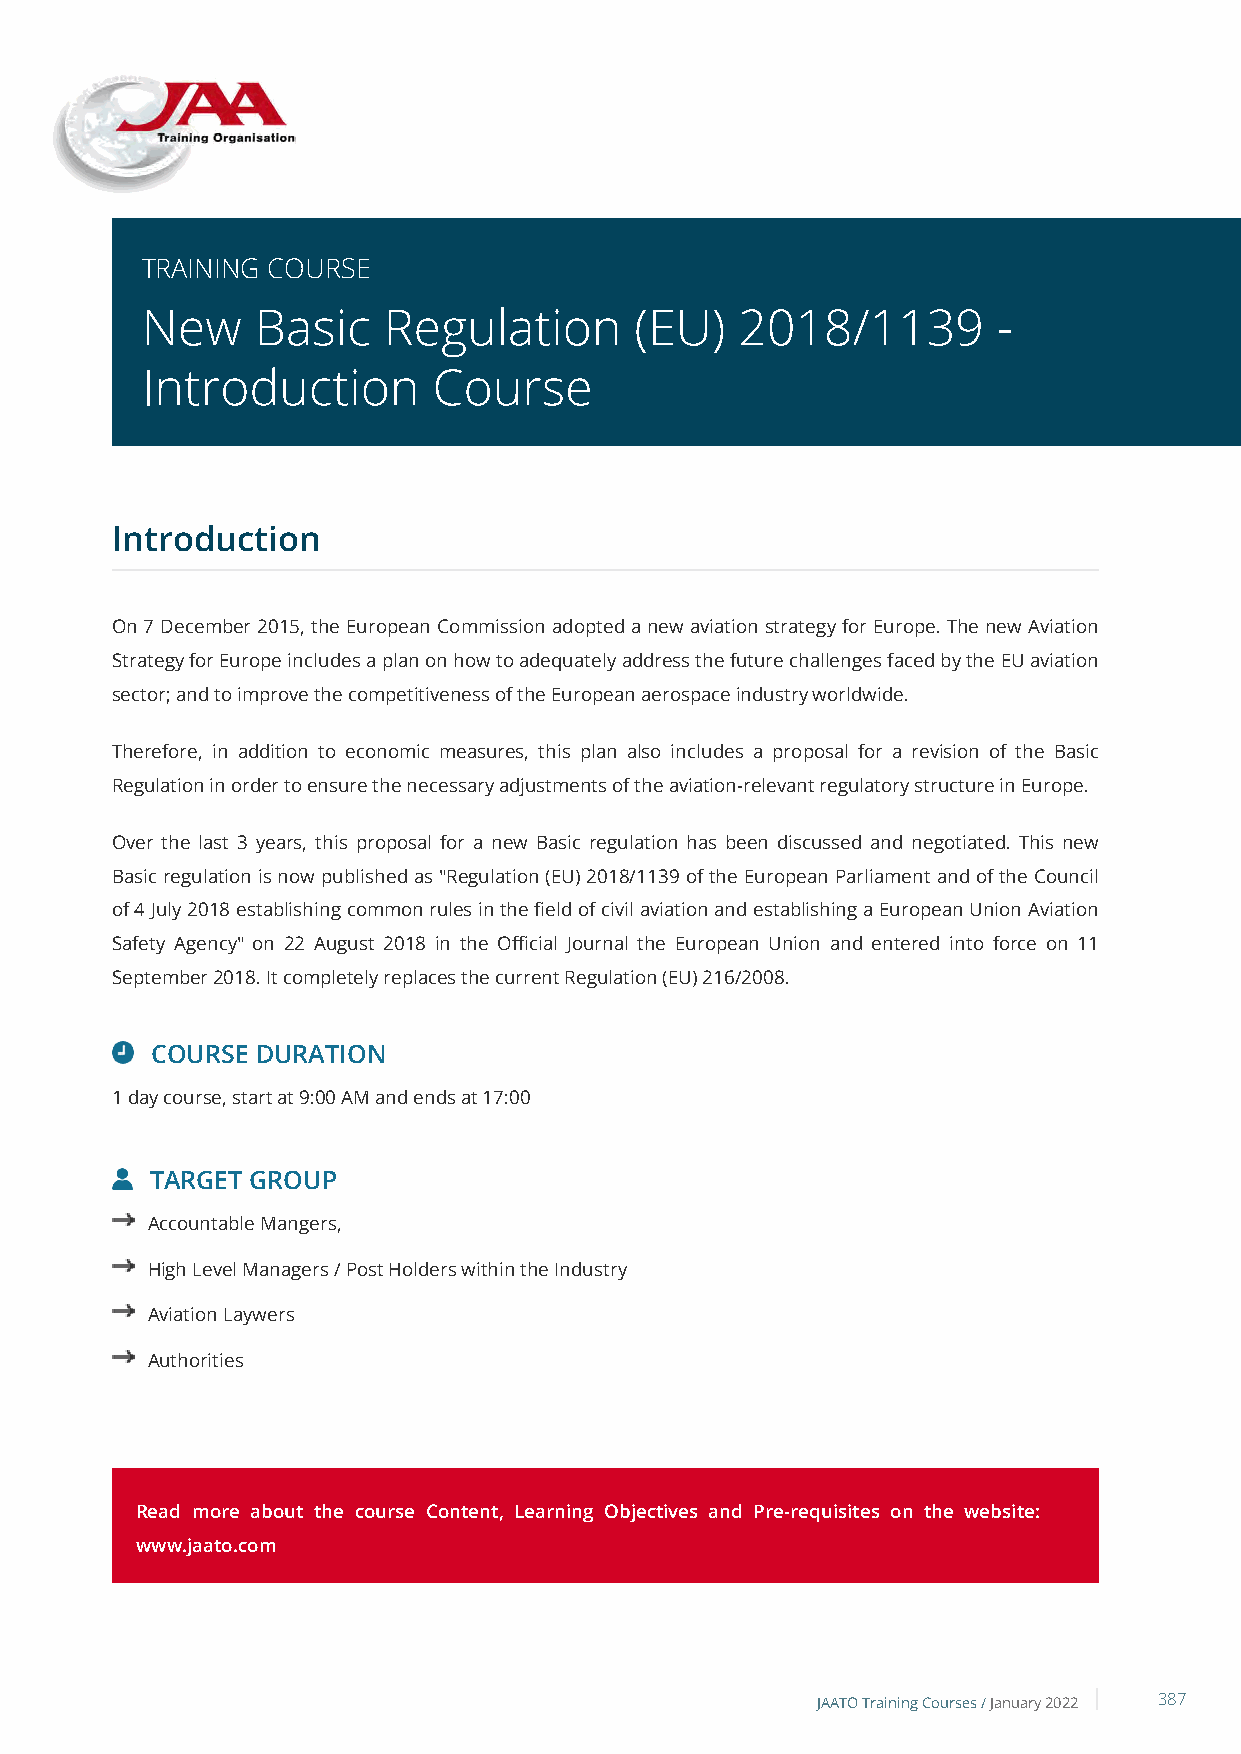
TRAINING COURSE
 New     Basic   Regulation       (EU)   2018/1139        -
 Introduction        Course
 Introduction
 On 7 December 2015, the European Commission adopted a new aviation strategy for Europe. The new Aviation
 Strategy for Europe includes a plan on how to adequately address the future challenges faced by the EU aviation
 sector; and to improve the competitiveness of the European aerospace industry worldwide.
 Therefore, in addition to economic measures, this plan also includes a proposal for a revision of the Basic
 Regulation in order to ensure the necessary adjustments of the aviation-relevant regulatory structure in Europe.
 Over the last 3 years, this proposal for a new Basic regulation has been discussed and negotiated. This new
 Basic regulation is now published as "Regulation (EU) 2018/1139 of the European Parliament and of the Council
 of 4 July 2018 establishing common rules in the field of civil aviation and establishing a European Union Aviation
 Safety Agency" on 22 August 2018 in the Official Journal the European Union and entered into force on 11
 September 2018. It completely replaces the current Regulation (EU) 216/2008.
 COURSE DURATION
 1 day course, start at 9:00 AM and ends at 17:00
 TARGET GROUP
 Accountable Mangers,
 High Level Managers / Post Holders within the Industry
 Aviation Laywers
 Authorities
 Read more about the course Content, Learning Objectives and Pre-requisites on the website:
 www.jaato.com
 JAATO Training Courses /January 2022 387